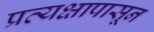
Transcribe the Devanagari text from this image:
प्रत्यक्षापासून